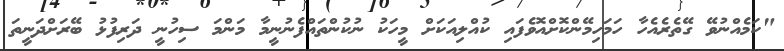
"ކަމެއްނުވޭ ގޭތެރެއެހާ ހަމަހިމޭންކޮށްއޮވެފައި ކުއްލިއަކަށް މީހަކު ނުކުންތައްފެނުނީމާ މަންމަ ސިހުނީ ދަރިފުޅު ބޭރަށްދަނީތަ